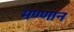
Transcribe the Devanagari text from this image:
मण्णान